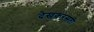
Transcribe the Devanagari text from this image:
देखकरसती